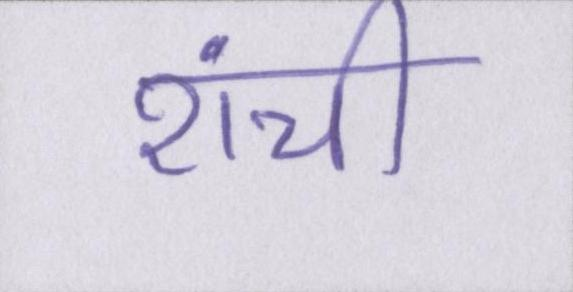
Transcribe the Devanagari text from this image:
रांची